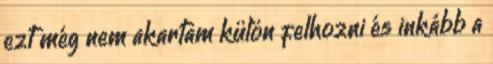
ezt még nem akartam külön felhozni és inkább a